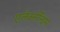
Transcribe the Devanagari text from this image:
एलेक्सेन्ड्रिया